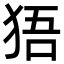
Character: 㹳